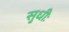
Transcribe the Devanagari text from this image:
सुधीः